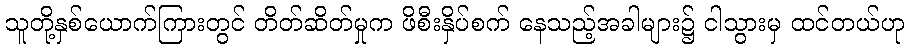
သူတို့နှစ်ယောက်ကြားတွင် တိတ်ဆိတ်မှုက ဖိစီးနှိပ်စက် နေသည့်အခါများ၌ ငါသွားမှ ထင်တယ်ဟု